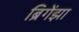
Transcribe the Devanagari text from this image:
ब्रिगेंझा